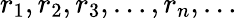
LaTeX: r_{1},r_{2},r_{3},\ldots,r_{n},\ldots